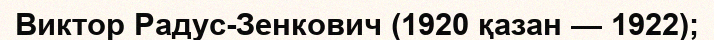
Виктор Радус-Зенкович (1920 қазан — 1922);